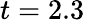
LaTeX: t=2.3